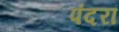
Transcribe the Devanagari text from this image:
पंदरां